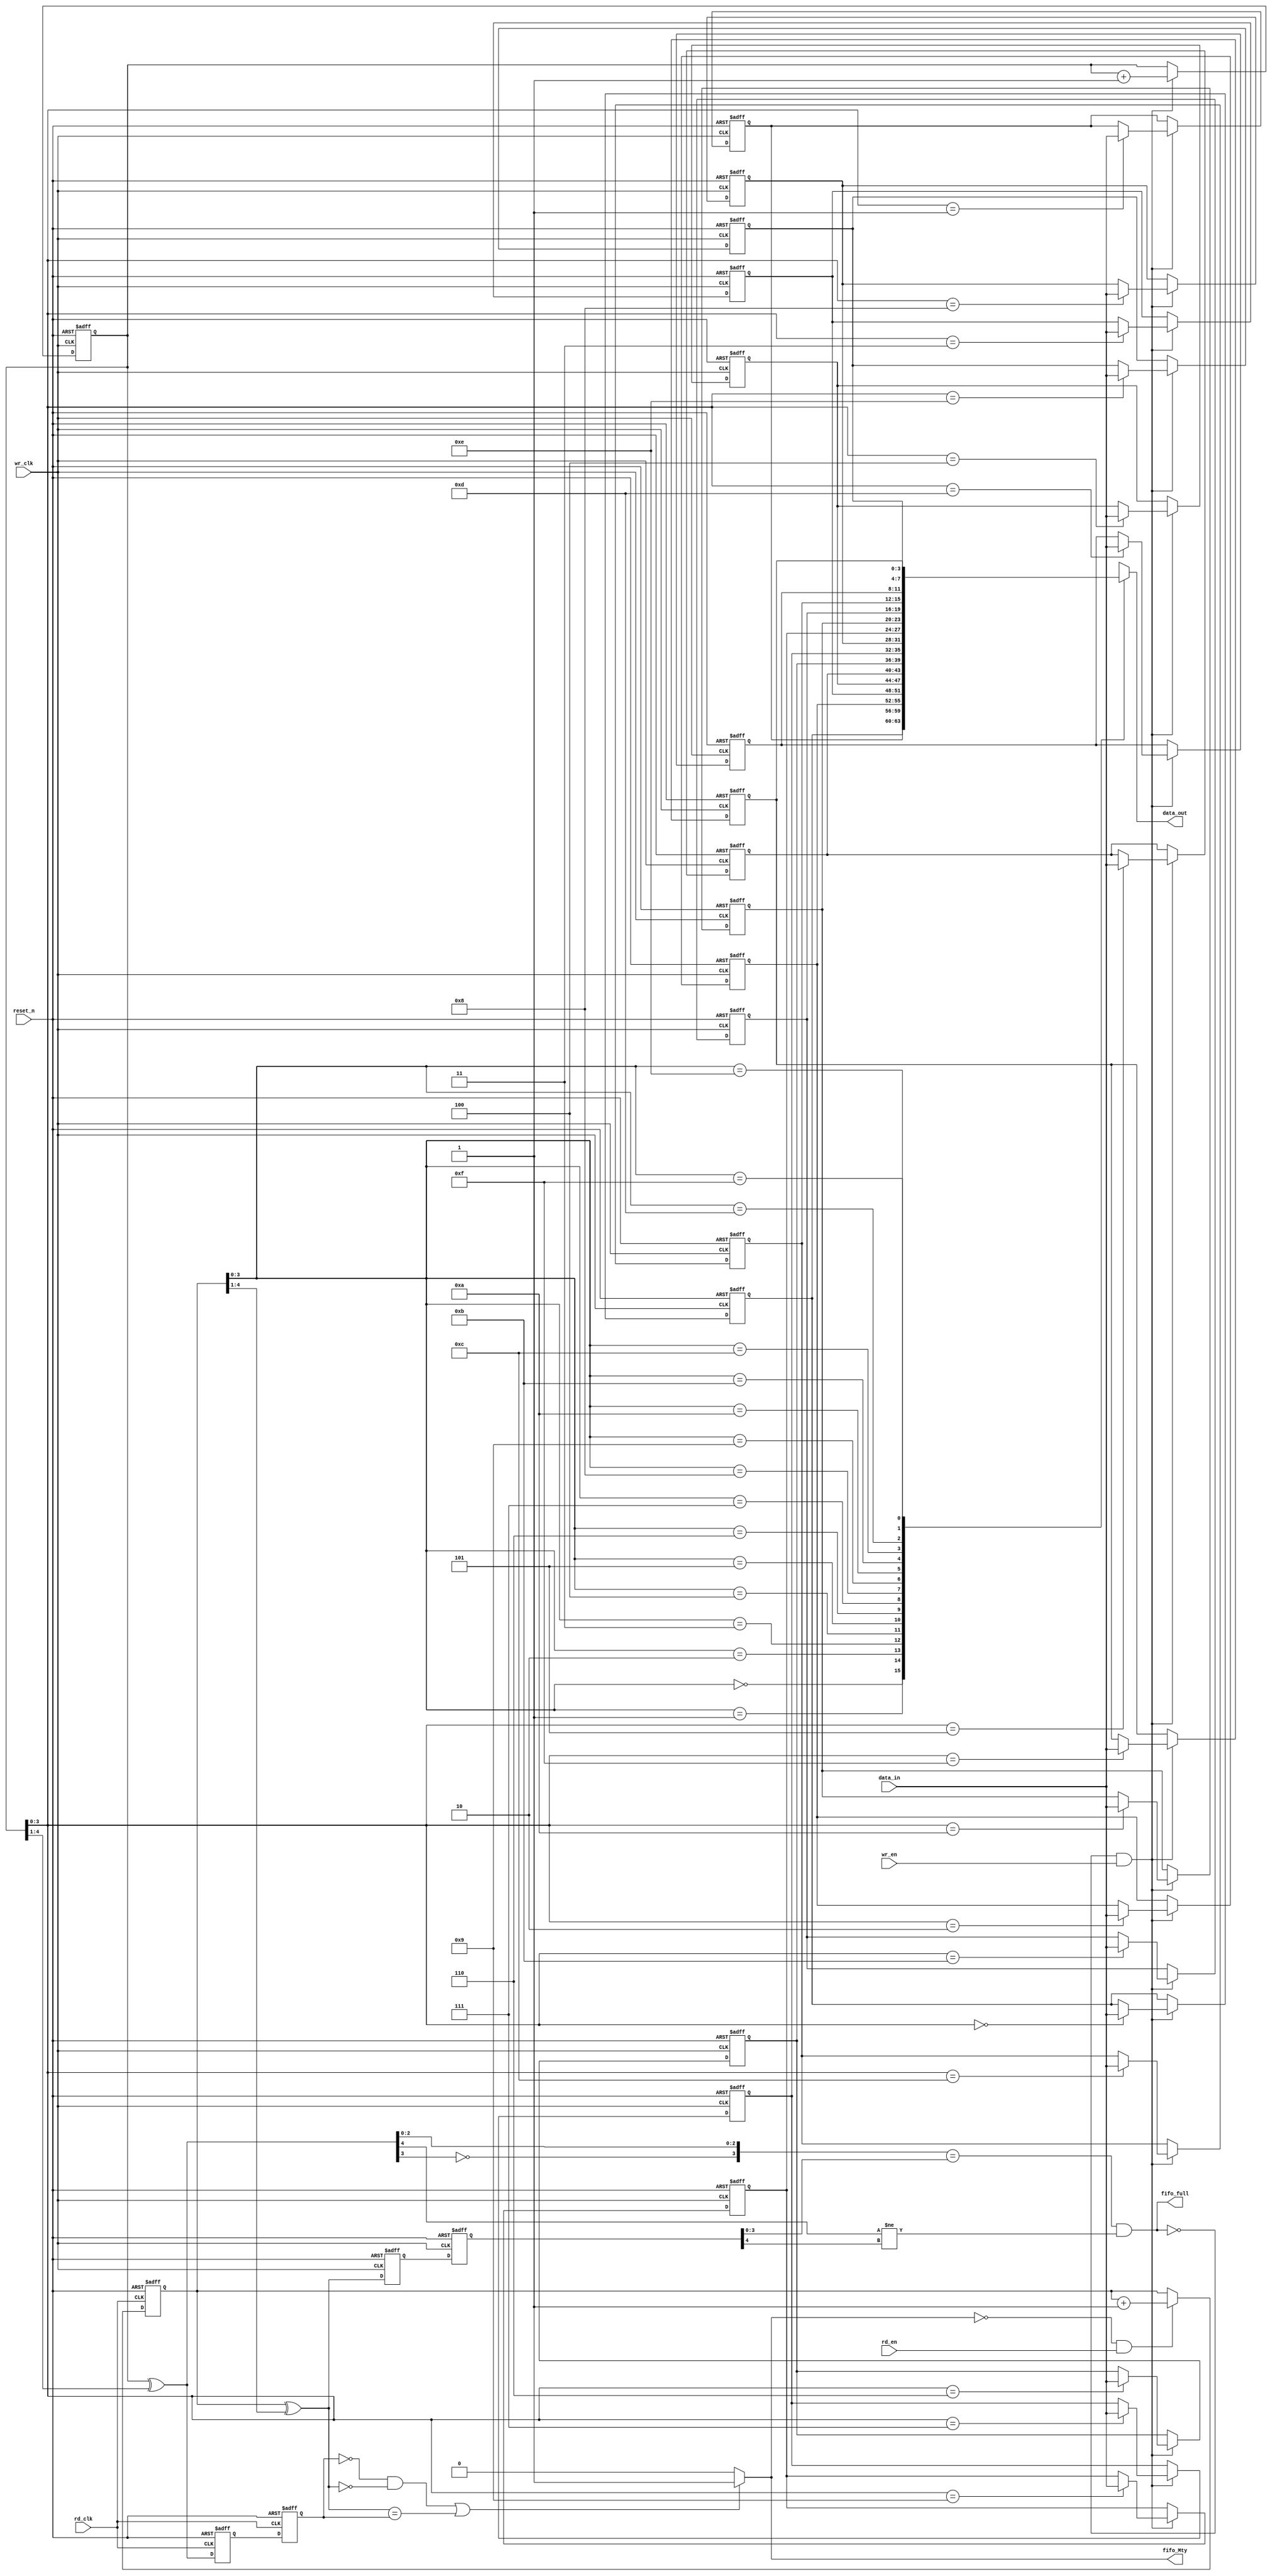
module asych_fifo #(parameter      DATA_WIDTH = 4,
                                   ADDR_WIDTH = 4,
                                   DEPTH      = 1 << ADDR_WIDTH
                      )
  (
    input                         rd_clk    ,  //Clock to read data
    input                         wr_clk    ,  //Clock to write data
    input                         rd_en     ,  //Clock to read data
    input                         wr_en     ,  //Clock to write data
    input                         reset_n   ,  //Reset pin
    input      [DATA_WIDTH-1:0]   data_in   ,  //Fifo Data in          
    output                        fifo_full ,  //Full condition          
    output                        fifo_Mty  ,  //Empty Condition          
    output     [DATA_WIDTH-1:0]   data_out     //Fifo Data out          
  );


 //************************************************************
 // Intermediate Registers and wires
 //************************************************************

  //----read-pointer-regs-----
  reg  [ADDR_WIDTH:0]   rd_ptr         ;        
  wire [ADDR_WIDTH:0]   rd_ptr_gray    ;
  wire [ADDR_WIDTH:0]   rd_ptr_sync    ;
  reg  [ADDR_WIDTH:0]   rd_ptr_sync1   ;
  reg  [ADDR_WIDTH:0]   rd_ptr_sync2   ;

  //----write-pointer-regs-----
  reg  [ADDR_WIDTH:0]   wr_ptr         ;
  wire [ADDR_WIDTH:0]   wr_ptr_gray    ;
  wire [ADDR_WIDTH:0]   wr_ptr_sync    ;
  reg  [ADDR_WIDTH:0]   wr_ptr_sync1   ;
  reg  [ADDR_WIDTH:0]   wr_ptr_sync2   ;

  //----FIFO-memory-array-----
  reg  [DATA_WIDTH-1:0] mem [0:DEPTH-1] ;
  integer i;


 //************************************************************
 // Write logic to FIFO | Using Write Clock
 //************************************************************

  always @(posedge wr_clk or negedge reset_n)
    begin
      if(!reset_n)
        begin
          wr_ptr      <= 'b0;
          //--initializing memory with zeros --
          for(i = 0; i < DEPTH; i = i+1)
            begin
              mem[i] <= {(DATA_WIDTH-1){1'b0}};
            end
        end
      //-----Fifo is not full and write enable is high writing data into fifo------
      else if(fifo_full == 1'b0 && wr_en == 1'b1)
        begin
          mem[wr_ptr[ADDR_WIDTH-1:0]] <= data_in;
          wr_ptr                      <= wr_ptr + 'b1;
        end
      else
        begin
          wr_ptr <= wr_ptr;
        end
    end

 //************************************************************
 // Read Pointer Synchronizer | Multi-flop bit synchronizer
 //************************************************************

  always @(posedge wr_clk or negedge reset_n)
    begin
      if(!reset_n)
        begin
          rd_ptr_sync1 <= 'b0;
          rd_ptr_sync2 <= 'b0;
        end
      else
        begin
          rd_ptr_sync1 <= rd_ptr_gray;
          rd_ptr_sync2 <= rd_ptr_sync1;
        end
    end

 //************************************************************
 // Read logic to FIFO | Using Read Clock
 //************************************************************

  always @(posedge rd_clk or negedge reset_n)
    begin
      if(!reset_n)
        begin
          rd_ptr <= 'b0;
        end
      //------FIFO is not empty Reading data when read enable is high--------
      else if(fifo_Mty == 1'b0 && rd_en == 1'b1)
        begin
          rd_ptr      <= rd_ptr + 'b1;
        end
      else
        begin
          rd_ptr <= rd_ptr;
        end
    end

 //************************************************************
 // Write Pointer Synchronizer | Multi-flop bit synchronizer
 //************************************************************

  always @(posedge rd_clk or negedge reset_n)
    begin
      if(!reset_n)
        begin
          wr_ptr_sync1 <= 'b0;
          wr_ptr_sync2 <= 'b0;
        end
      else
        begin
          wr_ptr_sync1 <= wr_ptr_gray;
          wr_ptr_sync2 <= wr_ptr_sync1;
        end
    end

 //************************************************************
 // Assign Statements
 //************************************************************

  //Binary 2 gray converter
   assign wr_ptr_gray = wr_ptr ^ (wr_ptr >> 1);
   assign rd_ptr_gray = rd_ptr ^ (rd_ptr >> 1);

  //Gray 2 Binary converter
  // assign wr_ptr_sync = wr_ptr_sync2 ^ (wr_ptr_sync2 >> 1) ^ (wr_ptr_sync2 >> 2) ^ (wr_ptr_sync2 >> 3);
  // assign rd_ptr_sync = rd_ptr_sync2 ^ (rd_ptr_sync2 >> 1) ^ (rd_ptr_sync2 >> 2) ^ (rd_ptr_sync2 >> 3);

  //Empty and Full Generation
   assign fifo_Mty    = (((wr_ptr_sync2 == 'b0) && (rd_ptr_gray == 'b0)) || (rd_ptr_gray == wr_ptr_sync2)) ? 1'b1 : 1'b0;
   assign fifo_full   = ({~wr_ptr_gray[ADDR_WIDTH-1],wr_ptr_gray[ADDR_WIDTH-2:0]} == {rd_ptr_sync2[ADDR_WIDTH-1],rd_ptr_sync2[ADDR_WIDTH-2:0]}) && 
	                 (wr_ptr_gray[ADDR_WIDTH] != rd_ptr_sync2[ADDR_WIDTH]);

  //Data-out
   assign data_out    =  mem[rd_ptr[ADDR_WIDTH-1:0]];

endmodule